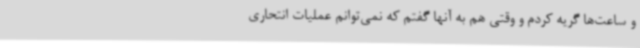
و ساعت‌ها گریه کردم و وقتی هم به آنها گفتم که نمی‌توانم عملیات انتحاری